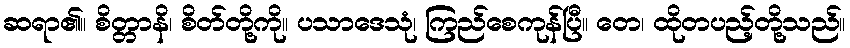
ဆရာ၏။ စိတ္တာနိ၊ စိတ်တို့ကို။ ပသာဒေသုံ၊ ကြည်စေကုန်ပြီ။ တေ၊ ထိုတပည့်တို့သည်။